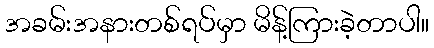
အခမ်းအနားတစ်ရပ်မှာ မိန့်ကြားခဲ့တာပါ။